Lunatic asylums United Provinces 1899-1908 - 1899-1908
Year: 1899
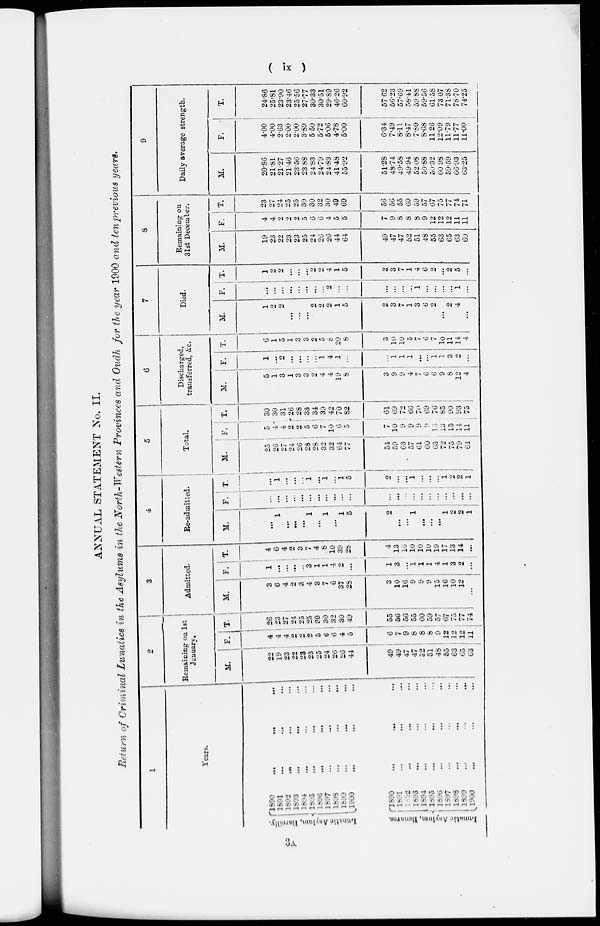
( ix )
ANNUAL STATEMENT No. II.
Return of Criminal Lunatics in the Asylums in the North-Western Provinces and Oudh for the year 1900 and ten previous years.
1
Years.
Lunatic
Asylum, Bareilly.
Lunatic
Asylum, Benares.
1890 … … …
1891 … … …
1892 … … …
1893 … … …
1894 … … …
1895 … … …
1896 … … …
1897 … … …
1898 … … …
1899 … … …
1900 … … …
1890
…
...
...
1891 … … …
1892 … … …
1893 … … …
1894 … … …
1895 … … …
1896 … … …
1897 … … …
1898 … … …
1899 … … …
1900 … … …
2
Remaining on 1st
January.
M.
22
19
23
22
23
23
25
24
26
26
44
49
49
47
47
52
51
48
55
63
65
63
F.
4
4
4
2
2
2
5
6
6
4
5
6
7
9
8
8
8
9
12
12
12
11
T.
26
23
27
24
25
25
30
30
32
30
49
55
56
56
55
60
59
57
67
75
77
74
3
Admitted.
M.
3
6
4
2
3
4
3
7
6
37
28
3
10
16
9
9
9
15
16
10
12
...
F.
1
…
…
…
...
3
1
1
4
2
...
1
3
...
1
1
1
4
1
3
2
...
T.
4
6
4
2
3
7
4
8
10
39
28
4
13
16
10
10
10
19
17
13
14
…
4
Be-admitted.
M.
...
1
…
…
…
1
…
1
…
1
5
2
…
…
1
…
…
…
1
2
2
1
F.
...
…
...
…
...
…
...
...
...
...
…
…
...
...
…
...
...
…
...
...
...
…
T.
...
1
...
...
...
1
…
1
…
1
5
2
…
...
1
…
…
…
1
2
2
1
5
Total.
M.
25
26
27
24
26
28
28
32
32
64
77
54
59
63
57
61
60
63
72
75
79
64
F.
5
4
4
2
2
5
6
7
10
6
5
7
10
9
9
9
9
13
13
15
14
11
T.
30
30
31
26
28
33
34
39
42
70
82
61
69
72
66
70
69
76
85
90
93
75
6
Discharged,
transferred, &c.
M.
5
1
3
1
3
3
2
4
4
19
8
3
9
9
4
7
6
6
9
8
12
4
F.
1
…
2
...
…
...
...
1
4
1
…
…
1
1
1
…
...
1
1
3
2
...
T.
6
1
5
1
3
3
2
5
8
20
8
3
10
10
5
7
6
7
10
11
14
4
7
Died.
M.
1
2
2
…
...
...
2
2
2
1
5
2
3
7
1
3
6
2
…
2
4
…
F.
...
...
...
...
...
...
...
...
2
…
…
…
...
...
...
1
...
...
...
...
1
...
T.
1
2
2
…
...
…
2
2
4
1
5
2
3
7
1
4
6
2
...
2
5
...
8
Remaining on
31st December.
M.
19
23
22
23
23
25
24
26
26
44
64
49
47
47
52
51
48
55
63
65
63
60
F.
4
4
2
2
2
5
6
6
4
5
5
7
9
8
8
8
9
12
12
12
11
11
T.
23
27
24
25
25
30
30
32
30
49
69
56
56
55
60
59
57
67
75
77
74
71
9
Daily average strength.
M.
20.86
21.81
21.27
21.46
23.56
23.88
24.83
24.79
24.83
41.48
55.92
51.28
48.74
49.58
49.94
52.08
50.88
50.32
60.98
59.59
66.93
63.25
F.
4.00
4.00
2.63
2.00
2.00
3.89
5.50
5.72
5.06
4.78
5.00
6.34
7.49
8.11
8.47
7.80
8.68
11 26
12.09
11.79
11.77
11.00
T.
24.86
25.81
23.90
23.46
25.56
27.77
30.33
30.51
29.89
46.26
60.92
57.62
56.23
57.69
58.41
59.88
59.56
61.53
73 07
71.38
78.70
74.25
3A